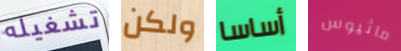
تشغيله ولكن أساسا ماثيوس